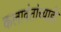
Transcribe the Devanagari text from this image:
कलावंतांच्याही